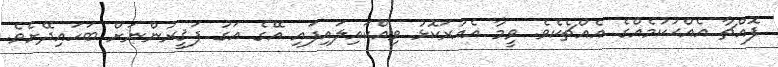
ފޮއްޗާ އެއްޙުކުމެއްގެ އެއްޗެކެވެ. ވީމާ އެއުރަކޮޅު ވިއްކައިލައިފައި އޭގެ އަގު ފަޤީރުންނަށް ބަހައިދޭށެވެ.